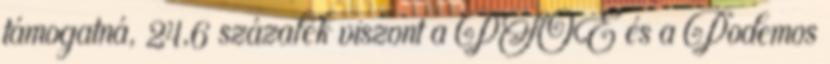
támogatná, 24,6 százalék viszont a PSOE és a Podemos